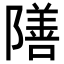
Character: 𮥣